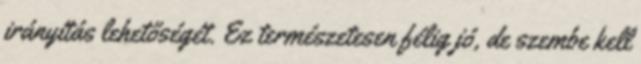
irányítás lehetőségét. Ez természetesen félig jó, de szembe kell